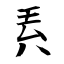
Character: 兲